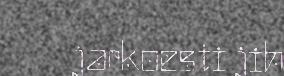
jarkoesti jih